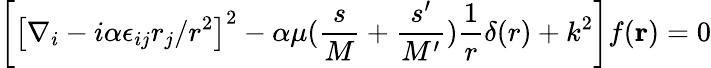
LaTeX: \left[\left[\nabla_{i}-i\alpha\epsilon_{ij}r_{j}/r^{2}\right]^{2}-\alpha\mu({\frac{s}{M}}+{\frac{s^{\prime}}{M^{\prime}}}){\frac{1}{r}}\delta(r)+k^{2}\right]f({\mathbf r})=0